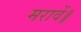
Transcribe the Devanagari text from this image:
मरावें॥